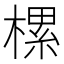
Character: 樏